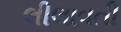
લીલાવતી